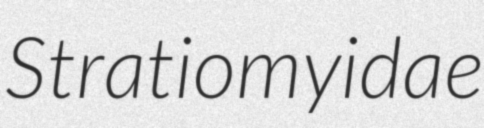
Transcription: Stratiomyidae